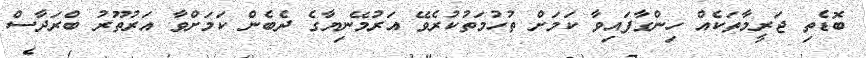
ބޮޑެތި ޖަރީމާތަކެއް ހިންގާފައިވާ ކަމަށް ތުހުމަތުކުރެވޭ އަރުމޭނިޔާގެ ދެބެން ކަމަށްވާ އަރުތޫރު ބްރަދާސް